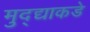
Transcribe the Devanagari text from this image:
मुद्द्याकडे